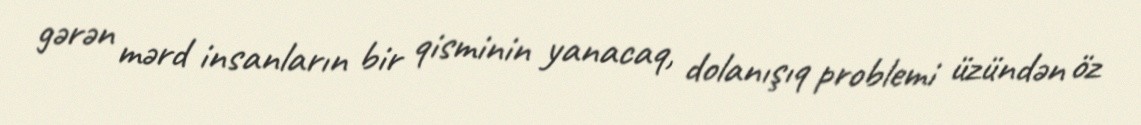
gərən mərd insanların bir qisminin yanacaq, dolanışıq problemi üzündən öz